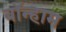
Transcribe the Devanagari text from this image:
बॉन्हाम